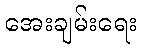
အေးချမ်းရေး